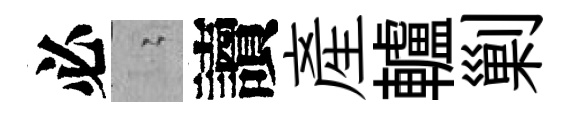
必隐讀産轤剿